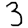
Digit: 3